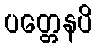
ပတ္တေနပိ